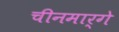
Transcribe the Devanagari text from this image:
चीनमार्गे